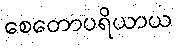
စေတောပရိယာယ